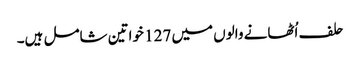
حلف اُٹھانے والوں میں 127 خواتین شامل ہیں۔